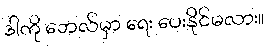
ဒါကို ဘေလ်မှာ ရေး ပေးနိုင်မလား။